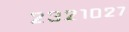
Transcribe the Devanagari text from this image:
२३२१०२७